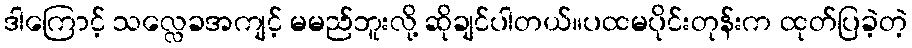
ဒါကြောင့် သလ္လေခအကျင့် မမည်ဘူးလို့ ဆိုချင်ပါတယ်။ပထမပိုင်းတုန်းက ထုတ်ပြခဲ့တဲ့